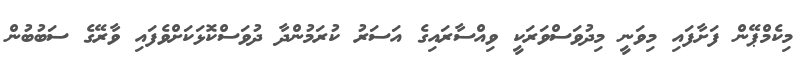
މިކެމްޕޭން ފަށާފައި މިވަނީ މިދުވަސްވަރަކީ ވިއްސާރައިގެ އަސަރު ކުރަމުންދާ ދުވަސްކޮޅަކަށްވެފައި ވާރޭގެ ސަބުބުން